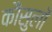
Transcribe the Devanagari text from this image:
कौंसुलों